Vaccination in Bombay 1874-1876 - 1874-1876
Year: 1874
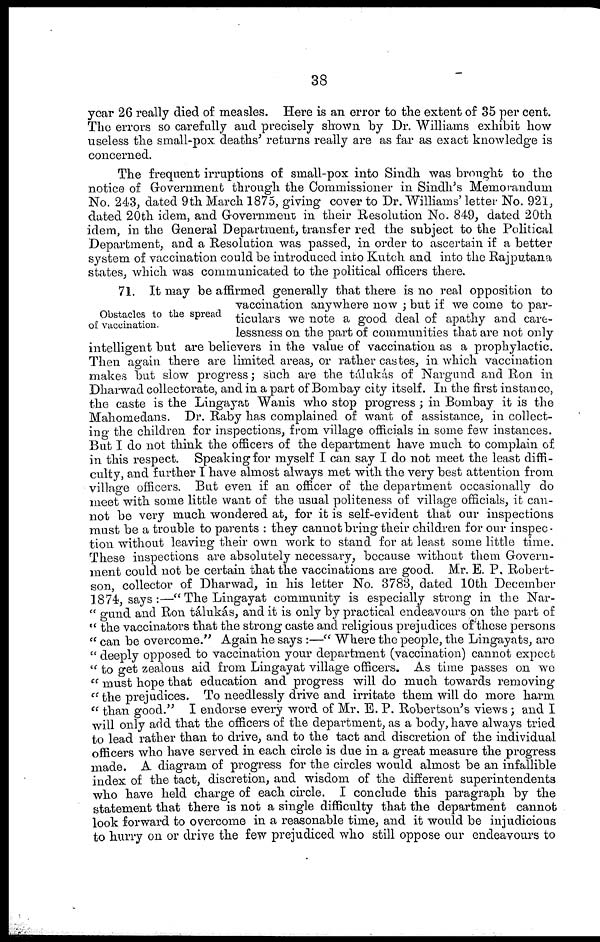
38
year 26 really died of measles. Here is an error to the extent of 35 per cent.
The errors so carefully and precisely shown by Dr. Williams exhibit how
useless the small-pox deaths' returns really are as far as exact knowledge is
concerned.
The frequent irruptions of small-pox into Sindh was brought to the
notice of Government through the Commissioner in Sindh's Memorandum
No. 243, dated 9th March 1875, giving cover to Dr. Williams' letter No. 921,
dated 20th idem, and Government in their Resolution No. 849, dated 20th
idem, in the General Department, transfer red the subject to the Political
Department, and a Resolution was passed, in order to ascertain if a better
system of vaccination could be introduced into Kutch and into the Rajputana
states, which was communicated to the political officers there.
Obstacles to the spread
of vaccination.
71. It may be affirmed generally that there is no real opposition to
vaccination anywhere now ; but if we come to par-
ticulars we note a good deal of apathy and care-
lessness on the part of communities that are not only
intelligent but are believers in the value of vaccination as a prophylactic.
Then again there are limited areas, or rather castes, in which vaccination
makes but slow progress; such are the tálukás of Nargund and Ron in
Dharwad collectorate, and in a part of Bombay city itself. In the first instance,
the caste is the Lingayat Wanis who stop progress ; in Bombay it is the
Mahomedans. Dr. Raby has complained of want of assistance, in collect-
ing the children for inspections, from village officials in some few instances.
But I do not think the officers of the department have much to complain of
in this respect. Speaking for myself I can say I do not meet the least diffi-
culty, and further I have almost always met with the very best attention from
village officers. But even if an officer of the department occasionally do
meet with some little want of the usual politeness of village officials, it can-
not be very much wondered at, for it is self-evident that our inspections
must be a trouble to parents : they cannot bring their children for our inspec-
tion without leaving their own work to stand for at least some little time.
These inspections are absolutely necessary, because without them Govern-
ment could not be certain that the vaccinations are good. Mr. E. P. Robert-
son, collector of Dharwad, in his letter No. 3783, dated 10th December
1874, says:—"The Lingayat community is especially strong in the Nar¬
" gund and Ron tálukás, and it is only by practical endeavours on the part of
" the vaccinators that the strong caste and religious prejudices of these persons
" can be overcome." Again he says :—" Where the people, the Lingayats, are
" deeply opposed to vaccination your department (vaccination) cannot expect
" to get zealous aid from Lingayat village officers. As time passes on we
" must hope that education and progress will do much towards removing
" the prejudices. To needlessly drive and irritate them will do more harm
" than good." I endorse every word of Mr. E. P. Robertson's views ; and I
will only add that the officers of the department, as a body, have always tried
to lead rather than to drive, and to the tact and discretion of the individual
officers who have served in each circle is due in a great measure the progress
made. A diagram of progress for the circles would almost be an infallible
index of the tact, discretion, and wisdom of the different superintendents
who have held charge of each circle. I conclude this paragraph by the
statement that there is not a single difficulty that the department cannot
look forward to overcome in a reasonable time, and it would be injudicious
to hurry on or drive the few prejudiced who still oppose our endeavours to